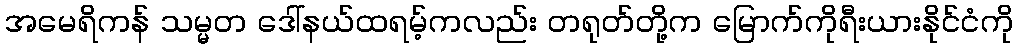
အမေရိကန် သမ္မတ ဒေါ်နယ်ထရမ့်ကလည်း တရုတ်တို့က မြောက်ကိုရီးယားနိုင်ငံကို